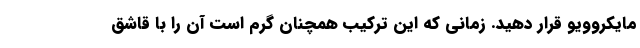
مایکروویو قرار دهید. زمانی که این ترکیب همچنان گرم است آن را با قاشق